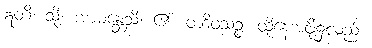
ဣတိ၊ သို့။ အာမန္တေသိ၊ ၏။ တံဒိဝသဉ္စ၊ ထိုနေ့အဖို့၌လည်း။